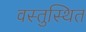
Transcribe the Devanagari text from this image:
वस्तुस्थित